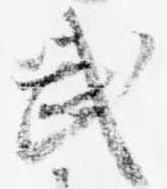
武